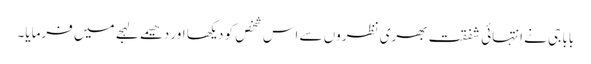
بابا جی نے انتہائی شفقت بھری نظروں سے اس شخص کو دیکھا اور دھیمے لہجے میں فرمایا۔